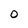
Character: O